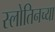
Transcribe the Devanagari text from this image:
स्लोतिनच्या